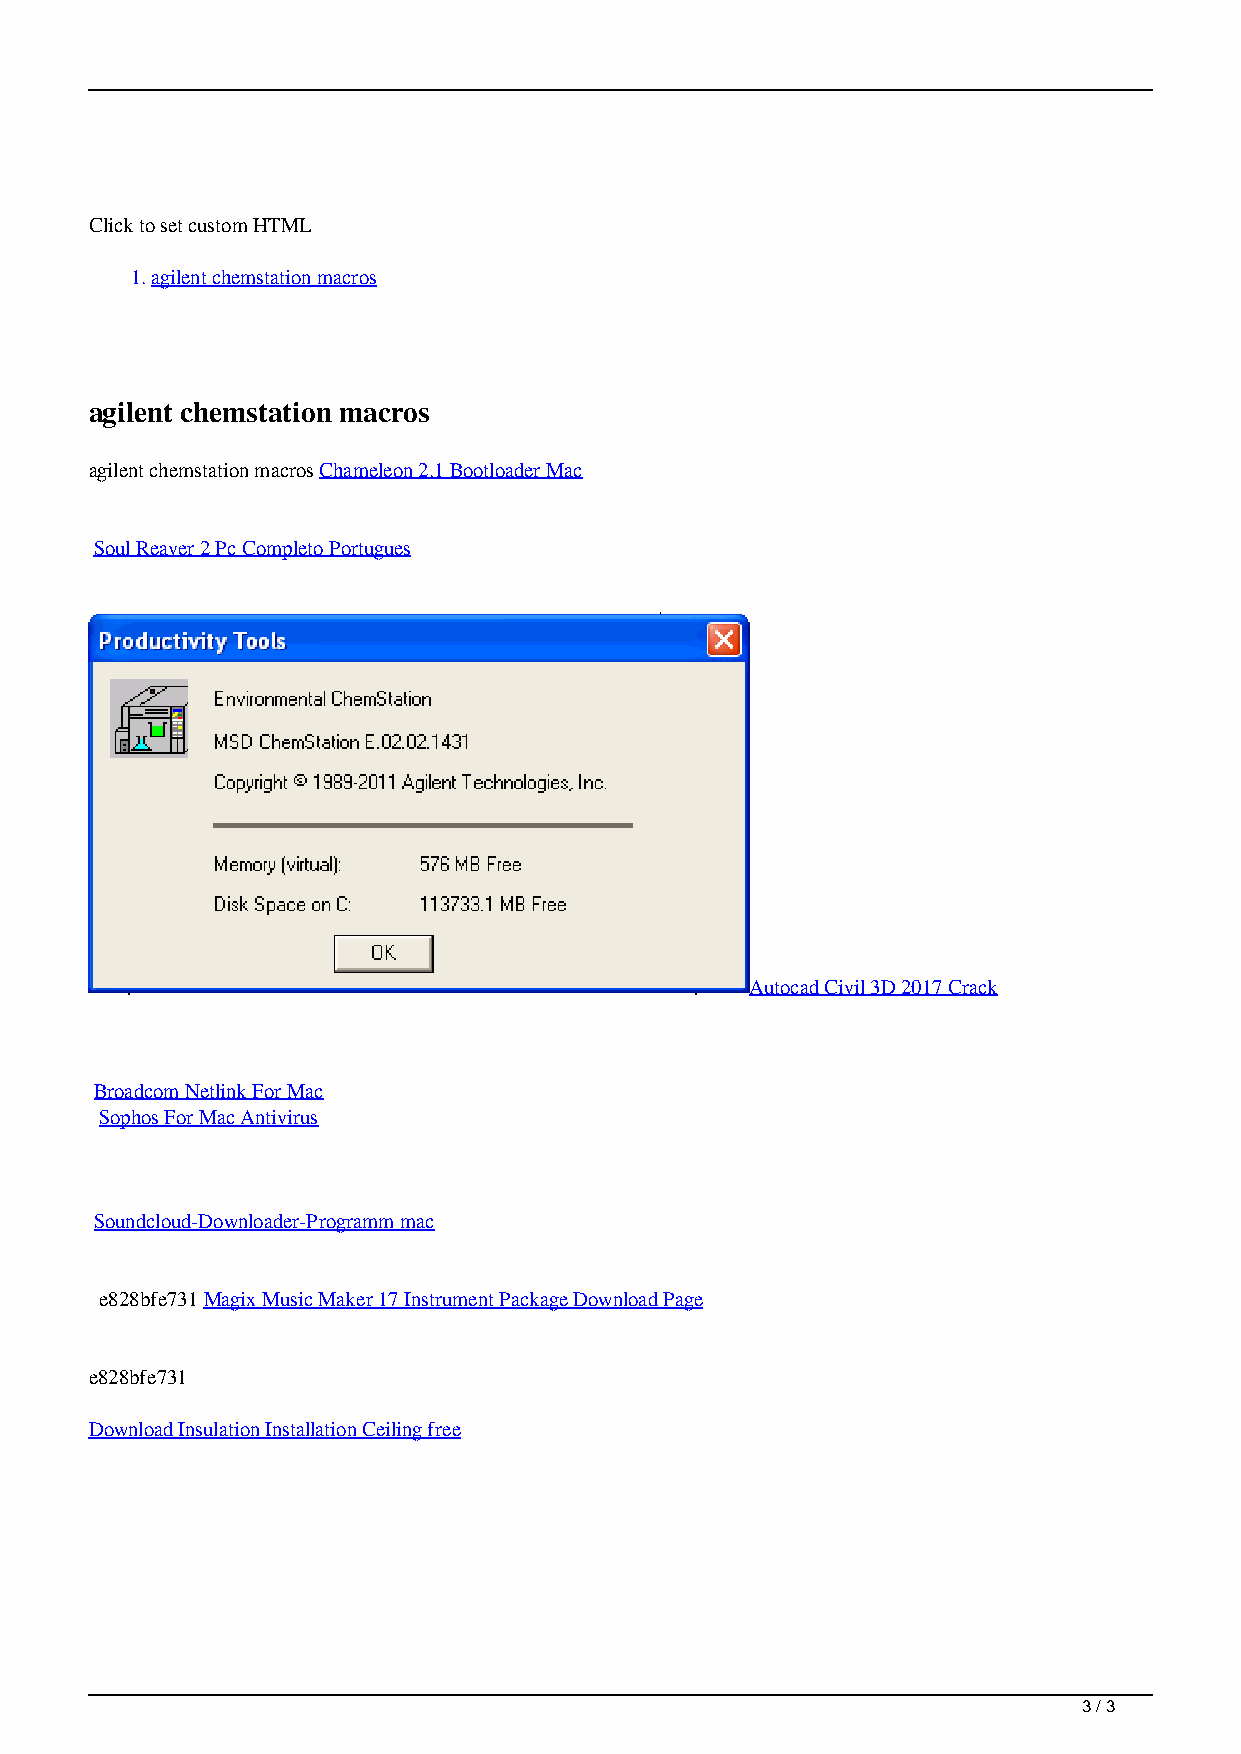
Click to set custom HTML
 1.agilent chemstation macros
 agilent chemstation macros
 agilent chemstation macros Chameleon 2.1 Bootloader Mac
 Soul Reaver 2 Pc Completo Portugues
 Autocad Civil 3D 2017 Crack
 Broadcom Netlink For Mac
 Sophos For Mac Antivirus
 Soundcloud-Downloader-Programm mac
 e828bfe731 Magix Music Maker 17 Instrument Package Download Page
 e828bfe731
 Download Insulation Installation Ceiling free
 3 / 3
 Agilent Chemstation Macros